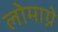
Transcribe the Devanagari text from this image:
लोमाग्ने